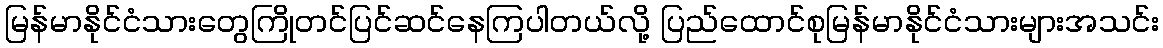
မြန်မာနိုင်ငံသားတွေကြိုတင်ပြင်ဆင်နေကြပါတယ်လို့ ပြည်ထောင်စုမြန်မာနိုင်ငံသားများအသင်း